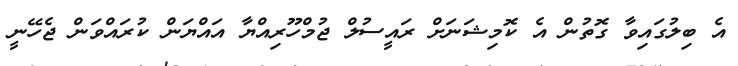
އެ ބިލުގައިވާ ގޮތުން އެ ކޮމިޝަނަށް ރައީސުލް ޖުމްހޫރިއްޔާ އައްޔަން ކުރައްވަން ޖެހޭނީ